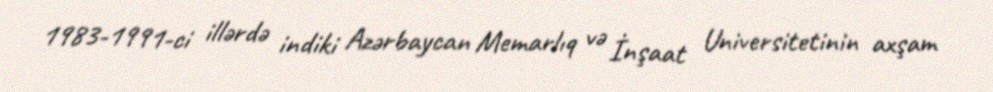
1983-1991-ci illərdə indiki Azərbaycan Memarlıq və İnşaat Universitetinin axşam